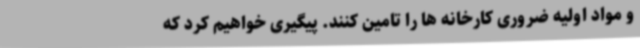
و مواد اولیه ضروری کارخانه ها را تامین کنند. پیگیری خواهیم کرد که